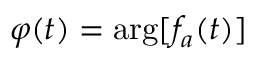
\varphi ( t ) = \arg [ f _ { a } ( t ) ]